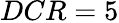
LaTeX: DCR=5